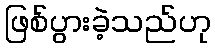
ဖြစ်ပွားခဲ့သည်ဟု